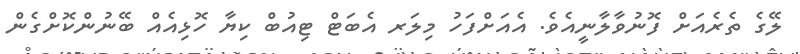
ލޭގެ ތެރެއަށް ފޮނުވާލާނީއެވެ. އެއަށްފަހު މިލަރ އެބަޓް ޓިއުބް ކިޔާ ހޮޅިއެއް ބޭނުންކޮށްގެން